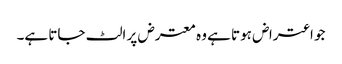
جو اعتراض ہوتا ہے وہ معترض پر الٹ جاتا ہے۔